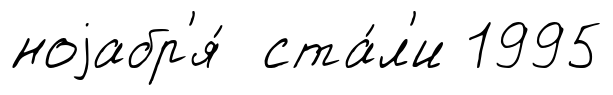
ноjабр'я́ ста́л'и 1995